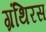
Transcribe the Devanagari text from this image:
ग्रंथिरस